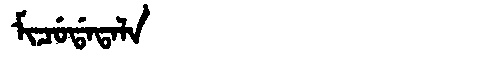
Manchu: ᠮᡳᠴᡠᡩᠠᡨᠠᠯᠠ
Romanization: MICUDATALA